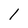
Character: l